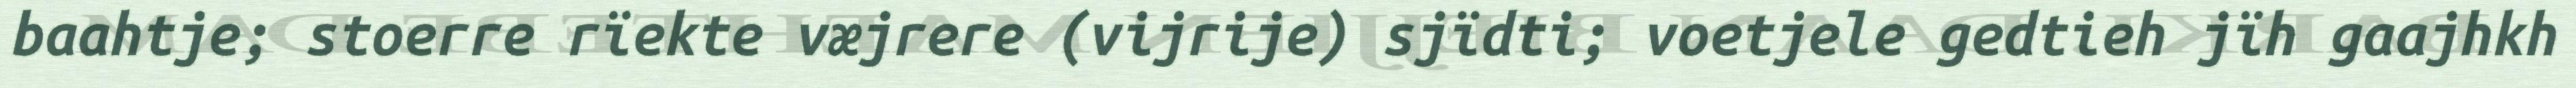
baahtje; stoerre rïekte væjrere (vijrije) sjïdti; voetjele gedtieh jïh gaajhkh